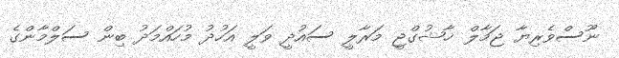
ނޫސްވެރިޔާ ޖަމާލް ޚާޝުގްޖީ މަރާލީ ސައުދީ ވަލީ އަހުދު މުހައްމަދު ބިން ސަލްމާންގެ